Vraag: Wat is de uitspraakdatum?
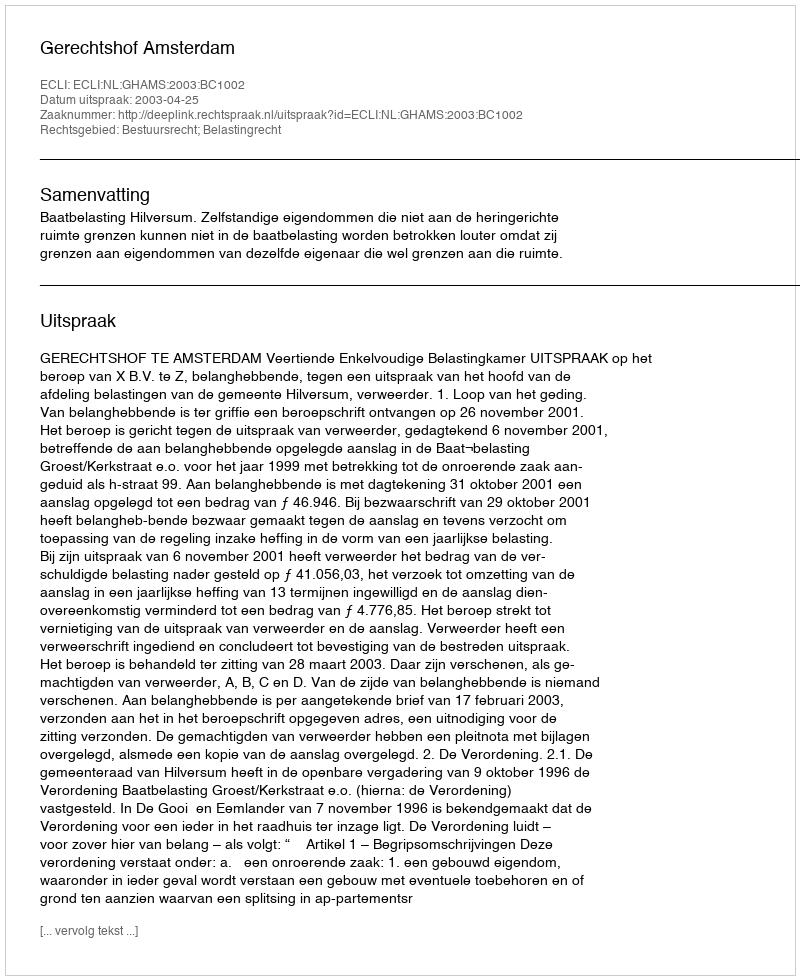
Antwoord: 2003-04-25